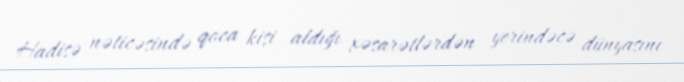
Hadisə nəticəsində qoca kişi aldığı xəsarətlərdən yerindəcə dünyasını